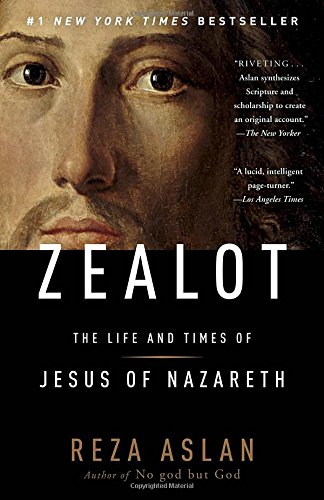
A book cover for Zealot: The Life and Times of Jesus of Nazareth; Reza Aslan; Biographies & Memoirs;